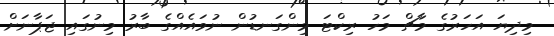
މިދިޔަ އަހަރުގެ މާޗް މަހު ރިކްޓަ މިންގަނޑުން ނުވައެއްގެ ބާރު މިނުގައި ޖަޕާނަށް